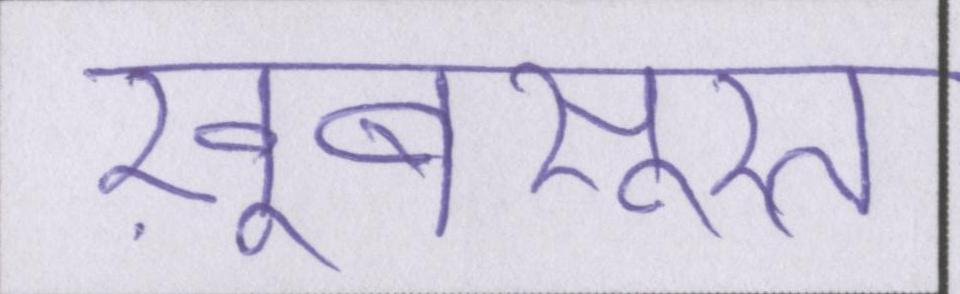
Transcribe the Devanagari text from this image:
ख़ूबसूरत